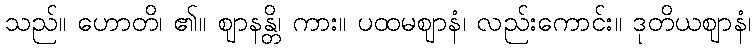
သည်။ ဟောတိ၊ ၏။ ဈာနန္တိ၊ ကား။ ပထမဈာနံ၊ လည်းကောင်း။ ဒုတိယဈာနံ၊